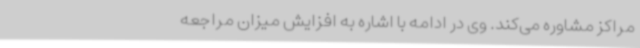
مراکز مشاوره می‌کند. وی در ادامه با اشاره به افزایش میزان مراجعه‌